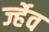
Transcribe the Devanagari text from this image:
र्ज्हेव